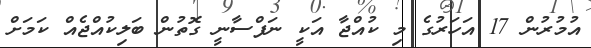
އުމުރުން 17 އަހަރުގެ މި ކުއްޖާ އަކީ ނަފްސާނީ ގޮތުން ބަލިކުއްޖެއް ކަމަށް